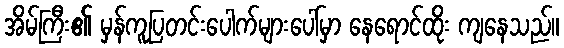
အိမ်ကြီး၏ မှန်ကူပြတင်းပေါက်များပေါ်မှာ နေရောင်ထိုး ကျနေသည်။